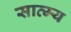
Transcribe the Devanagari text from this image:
सात्म्य